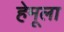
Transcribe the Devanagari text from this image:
हेमूला